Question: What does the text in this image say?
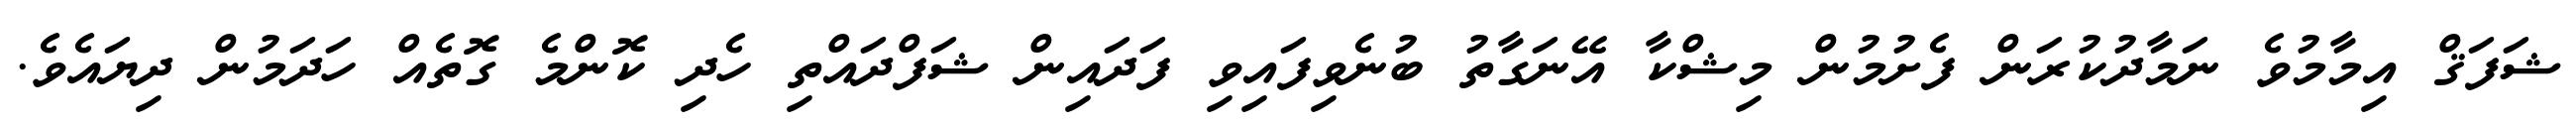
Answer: ޝަފަޤް އިމާމުވެ ނަމާދުކުރަން ފެށުމުން މިޝްކާ އޭނަގާތު ބުނެވިފައިވި ފަދައިން ޝަފްދައްތި ހެދި ކޮންމެ ގޮތެއް ހަދަމުން ދިޔައެވެ.